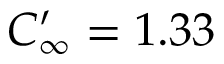
C _ { \infty } ^ { \prime } = 1 . 3 3